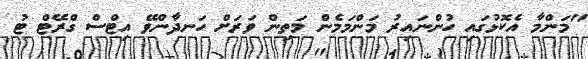
"މަންމާ އެކޮޅުގައި ހުންނައިރު މަންމަމެން މަތިން ވަރަށް ހަނދާންވޭ އިޓްސް ގްރޭޓް ޓު